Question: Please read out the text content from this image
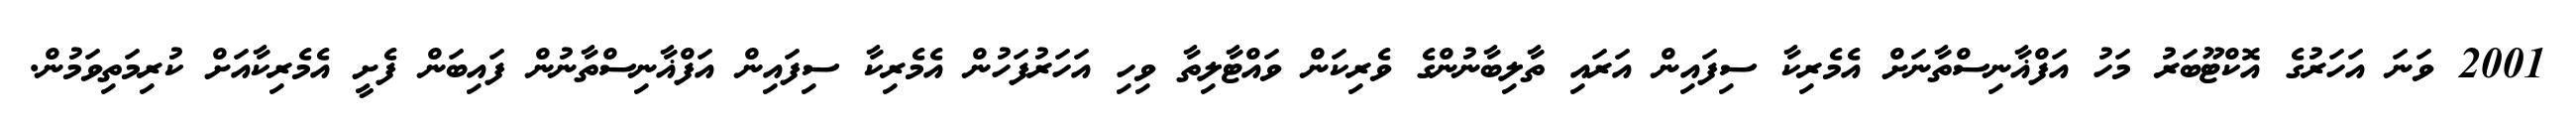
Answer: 2001 ވަނަ އަހަރުގެ އޮކްޓޫބަރު މަހު އަފްޣާނިސްތާނަށް އެމެރިކާ ސިފައިން އަރައި ތާލިބާނުންގެ ވެރިކަން ވައްޓާލިތާ ވިހި އަހަރުފަހުން އެމެރިކާ ސިފައިން އަފްޣާނިސްތާނުން ފައިބަން ފެށީ އެމެރިކާއަށް ކުރިމަތިވަމުން.